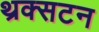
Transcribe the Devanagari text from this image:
थ्रक्सटन